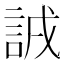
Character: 𧧐